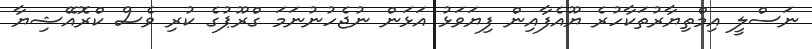
ނަސްލީ އިމްތިޔާރުތަކާހުރެ ޔޫއެފާއިން ފިޔަވަޅު އަޅަން ނުޖެހުނުނަމަ ގްރޫޕުގެ ކުރި ވެސް ކްރޮއޭޝިޔާ